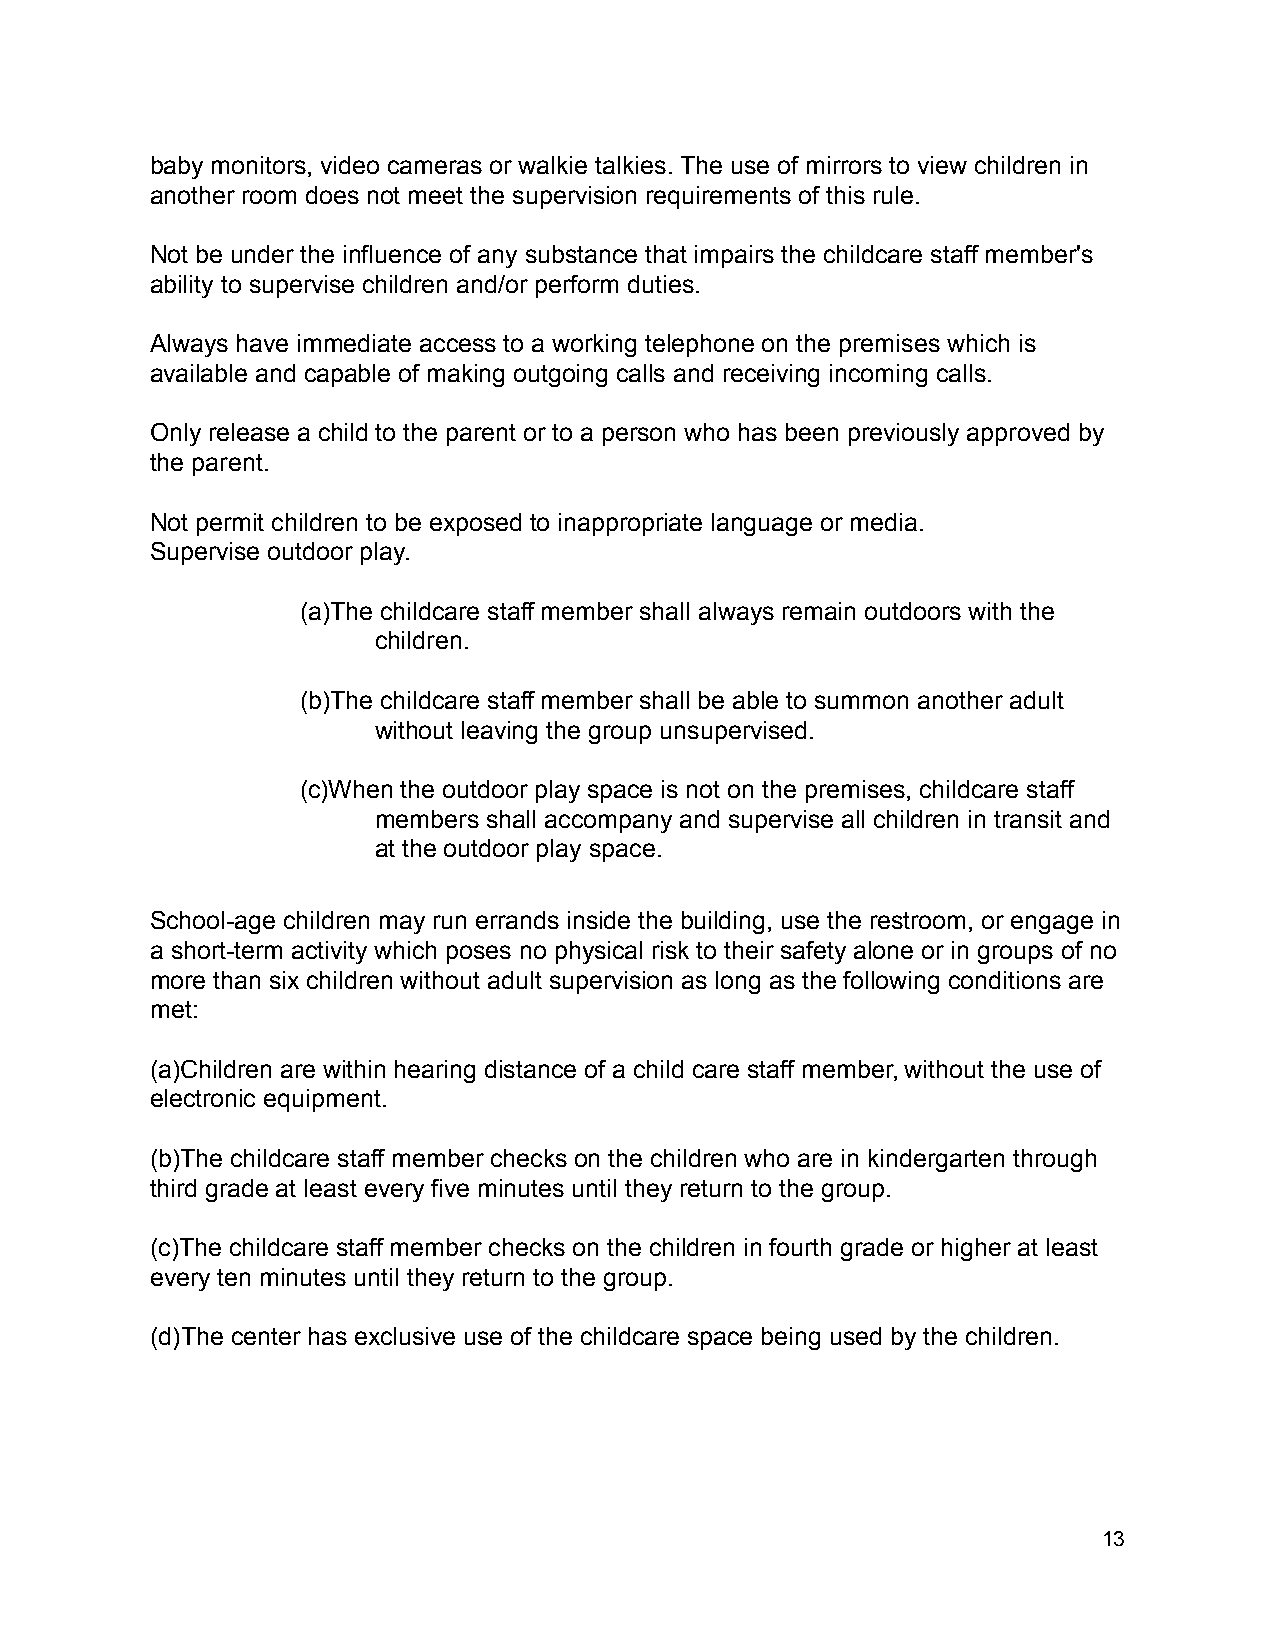
baby monitors, video cameras or walkie talkies. The use of mirrors to view children in
 another room does not meet the supervision requirements of this rule.
 Not be under the influence of any substance that impairs the childcare staff member's
 ability to supervise children and/or perform duties.
 Always have immediate access to a working telephone on the premises which is
 available and capable of making outgoing calls and receiving incoming calls.
 Only release a child to the parent or to a person who has been previously approved by
 the parent.
 Not permit children to be exposed to inappropriate language or media.
 Supervise outdoor play.
 (a)The childcare staff member shall always remain outdoors with the
 children.
 (b)The childcare staff member shall be able to summon another adult
 without leaving the group unsupervised.
 (c)When the outdoor play space is not on the premises, childcare staff
 members shall accompany and supervise all children in transit and
 at the outdoor play space.
 School-age children may run errands inside the building, use the restroom, or engage in
 a short-term activity which poses no physical risk to their safety alone or in groups of no
 more than six children without adult supervision as long as the following conditions are
 met:
 (a)Children are within hearing distance of a child care staff member, without the use of
 electronic equipment.
 (b)The childcare staff member checks on the children who are in kindergarten through
 third grade at least every five minutes until they return to the group.
 (c)The childcare staff member checks on the children in fourth grade or higher at least
 every ten minutes until they return to the group.
 (d)The center has exclusive use of the childcare space being used by the children.
 13